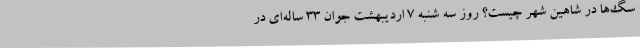
سگ‌ها در شاهین شهر چیست؟ روز سه شنبه ۷ اردیبهشت جوان ۳۳ ساله‌ای در